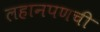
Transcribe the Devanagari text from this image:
लहानपणची